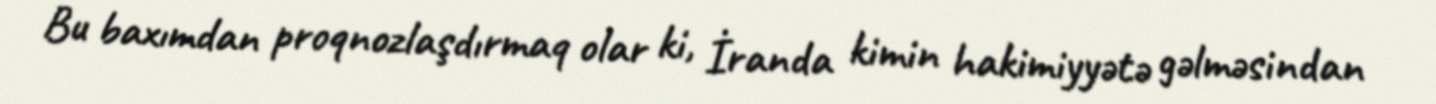
Bu baxımdan proqnozlaşdırmaq olar ki, İranda kimin hakimiyyətə gəlməsindan